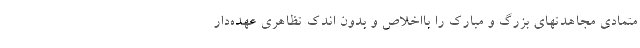
متمادی مجاهدتهای بزرگ و مبارک را بااخلاص و بدون اندک تظاهری عهده‌دار